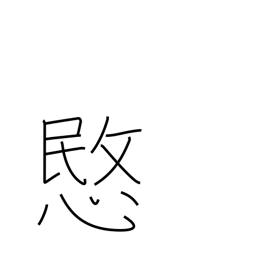
Meaning: pity